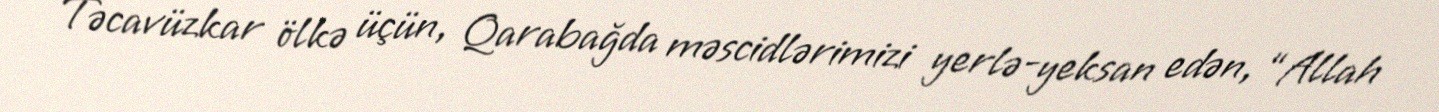
Təcavüzkar ölkə üçün, Qarabağda məscidlərimizi yerlə-yeksan edən, “Allah